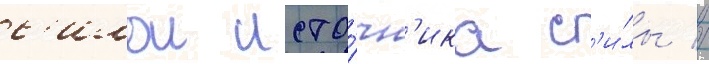
с'илои исто́чн'ика с'и́лы //